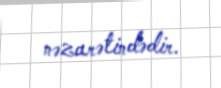
nəzarətindədir.